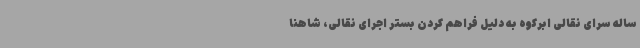
ساله سرای نقالی ابرکوه به دلیل فراهم کردن بستر اجرای نقالی، شاهنا